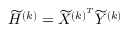
\widetilde { H } ^ { ( k ) } = \widetilde { X } ^ { { ( k ) } ^ { T } } \widetilde { Y } ^ { ( k ) }